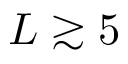
L \gtrsim 5